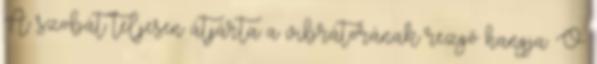
A szobát teljesen átjárta a vibrátorának rezgő hangja. Ő